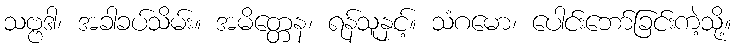
သဗ္ဗဒါ၊ အခါခပ်သိမ်း။ အမိတ္တေန၊ ရန်သူနှင့်။ သံဂမော၊ ပေါင်းဘော်ခြင်းကဲ့သို့။